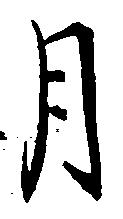
月